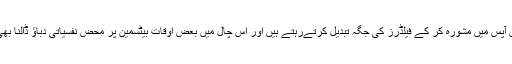
پھر باولر اور کپتان آپس میں مشورہ کر کے فیلڈرز کی جگہ تبدیل کرتےرہتے ہیں اور اس چال میں بعض اوقات بیٹسمین پر محض نفسیاتی دباؤ ڈالنا بھی مقصود ہوتا ہے ۔